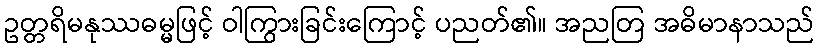
ဥတ္တရိမနုဿဓမ္မဖြင့် ဝါကြွားခြင်းကြောင့် ပညတ်၏။ အညတြ အဓိမာနာသည်